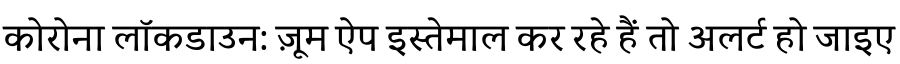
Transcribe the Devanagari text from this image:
कोरोना लॉकडाउन: ज़ूम ऐप इस्तेमाल कर रहे हैं तो अलर्ट हो जाइए